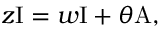
z \mathrm { I } = w \mathrm { I } + \theta \mathrm { A , }